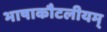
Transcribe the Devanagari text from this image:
भाषाकौटलीयम्